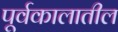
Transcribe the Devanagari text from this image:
पूर्वकालातील